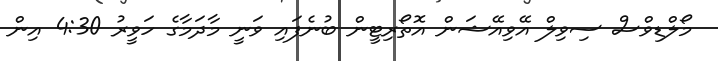
މޯލްޑިވްސް ސިވިލް އޭވިއޭޝަން އޮތޯރިޓީން ބުނެފައި ވަނީ މާދަމާގެ ހަވީރު 4:30 އިން